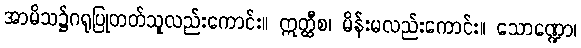
အာမိသ၌ဂရုပြုတတ်သူလည်းကောင်း။ ဣတ္ထီစ၊ မိန်းမလည်းကောင်း။ သောဏ္ဍော၊